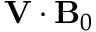
\mathbf { V } \cdot \mathbf { B } _ { 0 }